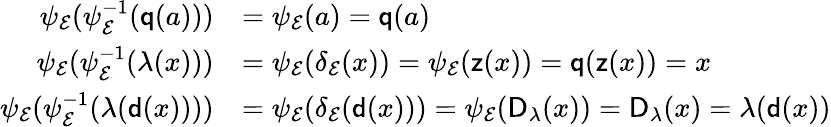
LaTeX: \begin{array}{rl}{\psi_{\mathcal{E}}(\psi_{\mathcal{E}}^{-1}(\mathsf{q}(a)))}&{=\psi_{\mathcal{E}}(a)=\mathsf{q}(a)}\\ {\psi_{\mathcal{E}}(\psi_{\mathcal{E}}^{-1}(\lambda(x)))}&{=\psi_{\mathcal{E}}(\delta_{\mathcal{E}}(x))=\psi_{\mathcal{E}}(\mathsf{z}(x))=\mathsf{q}(\mathsf{z}(x))=x}\\ {\psi_{\mathcal{E}}(\psi_{\mathcal{E}}^{-1}(\lambda(\mathsf{d}(x))))}&{=\psi_{\mathcal{E}}(\delta_{\mathcal{E}}(\mathsf{d}(x)))=\psi_{\mathcal{E}}(\mathsf{D}_{\lambda}(x))=\mathsf{D}_{\lambda}(x)=\lambda(\mathsf{d}(x))}\end{array}